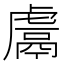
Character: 鬳